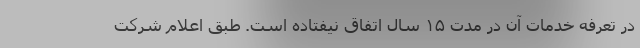
در تعرفه خدمات آن در مدت ۱۵ سال اتفاق نیفتاده است. طبق اعلام شرکت